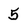
Character: 5